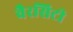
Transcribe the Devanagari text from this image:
वैरसिटी